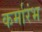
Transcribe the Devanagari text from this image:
कर्मारंभ